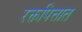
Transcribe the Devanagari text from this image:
रक्तपित्तात